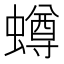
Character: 𧒆